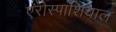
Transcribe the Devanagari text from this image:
एरोस्पाशियाल